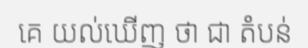
គេ យល់ឃើញ ថា ជា តំបន់